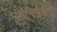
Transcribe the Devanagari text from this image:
लेनिनकडे